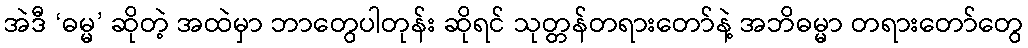
အဲဒီ ‘ဓမ္မ’ ဆိုတဲ့ အထဲမှာ ဘာတွေပါတုန်း ဆိုရင် သုတ္တန်တရားတော်နဲ့ အဘိဓမ္မာ တရားတော်တွေ